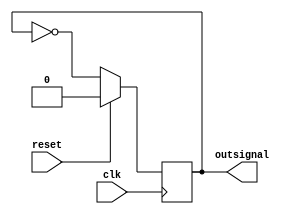
module clk50mGen(
    input wire clk, reset,
    output reg outsignal
    );
    
    always @(posedge clk)
        begin: clock_generation
            if (reset)
                begin: reset
                    outsignal = 0;
                end
            else
                begin
                    outsignal = ~outsignal;
                end
        end
endmodule